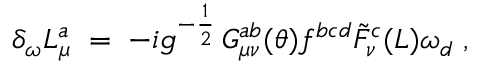
\delta _ { \omega } L _ { \mu } ^ { a } \; = \; - i g ^ { - \frac { 1 } { 2 } } \, G _ { \mu \nu } ^ { a b } ( \theta ) f ^ { b c d } { \tilde { F } } _ { \nu } ^ { c } ( L ) \omega _ { d } \; ,